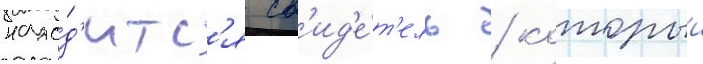
нахо́д'итс'я св'ид'е́т'ель / которыи